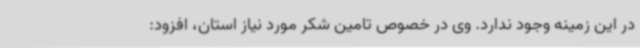
در این زمینه وجود ندارد. وی در خصوص تامین شکر مورد نیاز استان، افزود: